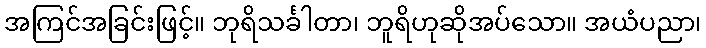
အကြင်အခြင်းဖြင့်။ ဘုရိသင်္ခါတာ၊ ဘူရိဟုဆိုအပ်သော။ အယံပညာ၊